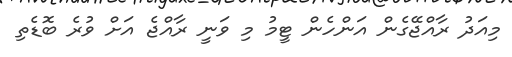
މިއަދު ރާއްޖޭގެން އަންހެން ޓީމު މި ވަނީ ރާއްޖެ އަށް ވުރެ ބޮޑެތި